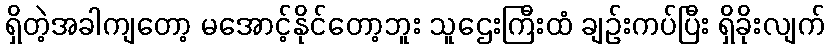
ရှိတဲ့အခါကျတော့ မအောင့်နိုင်တော့ဘူး သူဌေးကြီးထံ ချဉ်းကပ်ပြီး ရှိခိုးလျက်